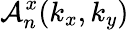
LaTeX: \mathcal{A}_{n}^{x}(k_{x},k_{y})